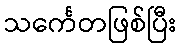
သင်္ကေတဖြစ်ပြီး